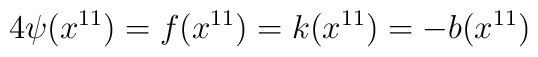
4\psi(x^{11})=f(x^{11})=k(x^{11})=-b(x^{11})